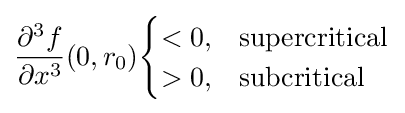
{\frac {\partial ^{3}f}{\partial x^{3}}}(0,r_{0}){\begin{cases}<0,&{\text{supercritical}}\\>0,&{\text{subcritical}}\end{cases}}